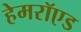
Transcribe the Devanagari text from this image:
हेमरॉएड